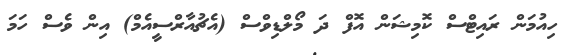
ހިއުމަން ރައިޓްސް ކޮމިޝަން އޮފް ދަ މޯލްޑިވްސް (އެޗުއާރްސީއެމް) އިން ވެސް ހަމަ